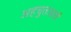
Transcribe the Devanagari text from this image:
अहचुतआर्य